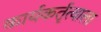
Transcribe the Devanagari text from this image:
कार्यकर्तृत्वाला